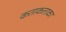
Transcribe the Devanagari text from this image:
कताकताका